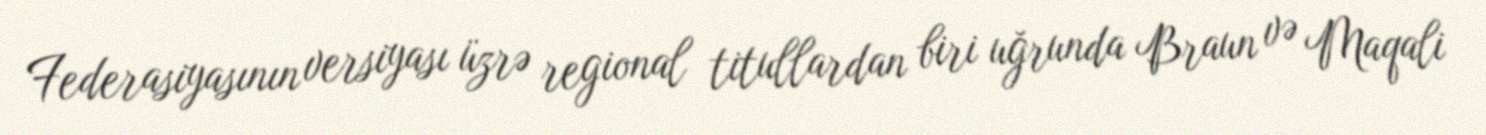
Federasiyasının versiyası üzrə regional titullardan biri uğrunda Braun və Maqali